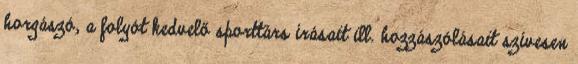
horgászó, a folyót kedvelő sporttárs írásait ill. hozzászólásait szívesen